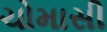
ચોમાસી